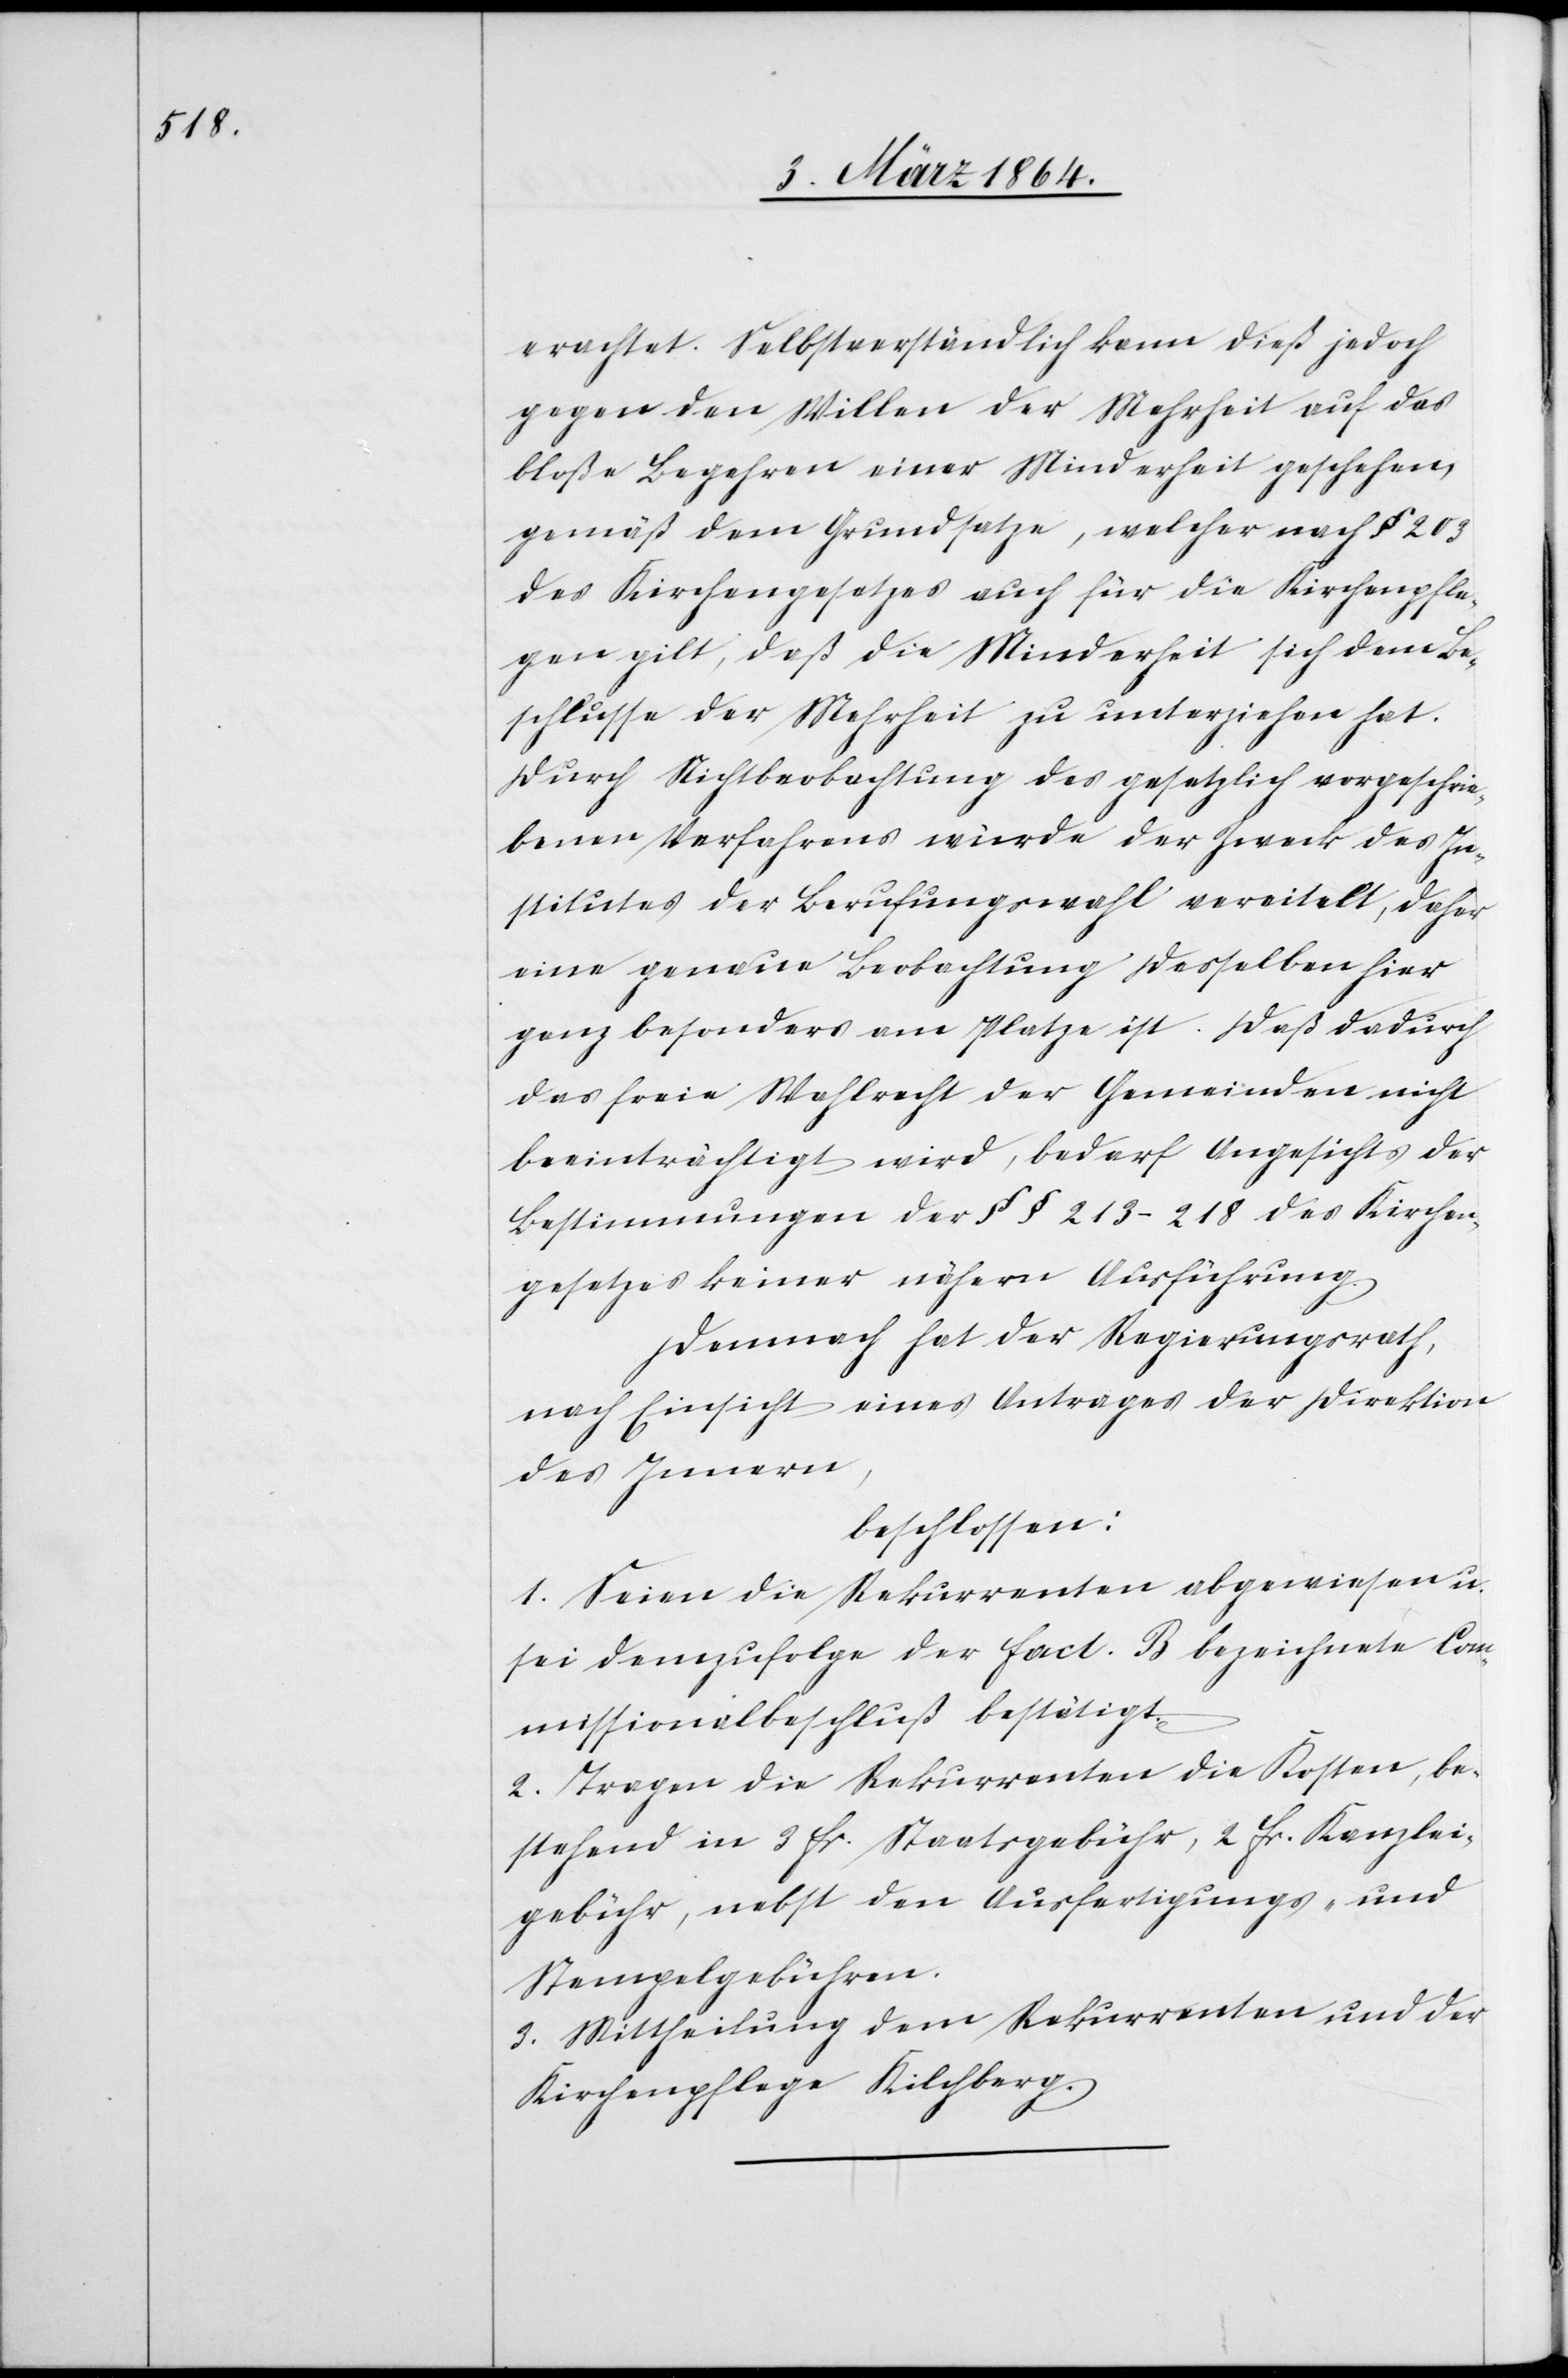
erachtet. Selbstverständlich kann dieß jedoch
gegen den Willen der Mehrheit auf das
bloße Begehren einer Minderheit geschehen,
gemäß dem Grundsatze, welcher nach § 203
des Kirchengesetzes auch für die Kirchenpfle¬
gen gilt, daß die Minderheit sich dem Be¬
schlusse der Mehrheit zu unterziehen hat.
Durch Nichtbeobachtung des gesetzlich vorgeschrie¬
benen Verfahrens würde der Zweck des In¬
stitutes der Berufungswahl vereitelt, daher
eine genaue Beobachtung desselben hier
ganz besonders am Platze ist. Daß dadurch
das freie Wahlrecht der Gemeinden nicht
beeinträchtigt wird, bedarf Angesichts der
Bestimmungen der §§ 213-218 des Kirchen¬
gesetzes keiner nähern Ausführung.
Demnach hat der Regierungsrath,
nach Einsicht eines Antrages der Direktion
des Innern,
beschlossen:
1. Seien die Rekurrenten abgewiesen u.
sei demzufolge der fact. B bezeichnete Com¬
missionalbeschluß bestätigt.
2. Tragen die Rekurrenten die Kosten, be¬
stehend in 3 fr. Staatsgebühr, 2 fr. Kanzlei¬
gebühr, nebst den Ausfertigungs- und
Stempelgebühren.
3. Mittheilung dem Rekurrenten und der
Kirchenpflege Kilchberg.